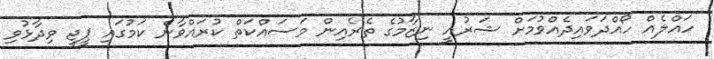
ހައްލެއް ހޯއްދަވައިދެއްވުމަށް ޝަރުއީ ނިޒާމުގެ ތެރެއިން މަސައްކަތް ކުރައްވާނެ ކަމުގައި ޕީޖީ ވިދާޅުވި